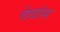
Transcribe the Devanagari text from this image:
वेदांस